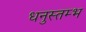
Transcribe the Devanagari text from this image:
धनुस्तम्भ